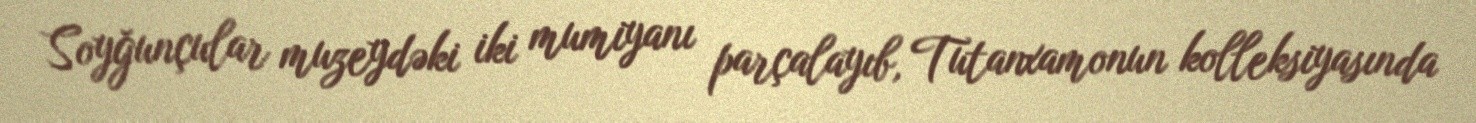
Soyğunçular muzeydəki iki mumiyanı parçalayıb, Tutanxamonun kolleksiyasında